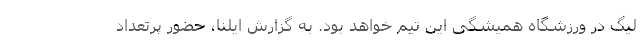
لیگ در ورزشگاه همیشگی این تیم خواهد بود. به گزارش ایلنا، حضور پرتعداد